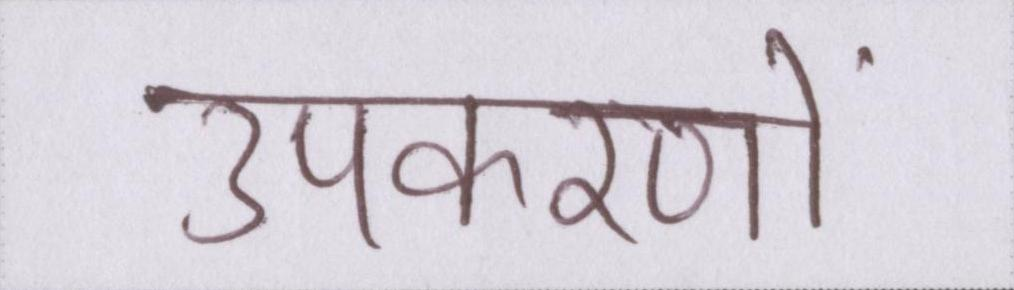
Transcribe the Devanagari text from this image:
उपकरणों